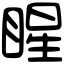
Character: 睲